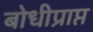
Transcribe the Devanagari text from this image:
बोधीप्राप्त